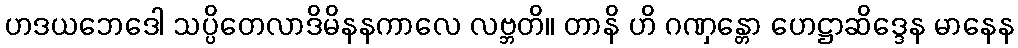
ဟဒယဘေဒေါ သပ္ပိတေလာဒိမိနနကာလေ လဗ္ဘတိ။ တာနိ ဟိ ဂဏှန္တော ဟေဋ္ဌာဆိဒ္ဒေန မာနေန